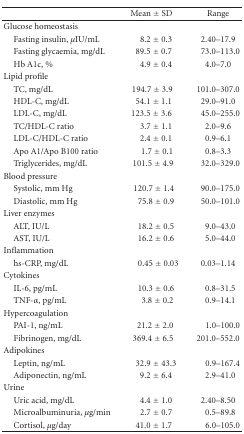
<table><thead><tr><td></td><td><b>Mean ± SD</b></td><td><b>Range</b></td></tr></thead><tbody><tr><td>Glucose homeostasis</td><td></td><td></td></tr><tr><td> Fasting insulin, <i>μ</i>IU/mL</td><td>8.2 ± 0.3</td><td>2.40–17.9</td></tr><tr><td>Fasting glycaemia, mg/dL</td><td>89.5 ± 0.7</td><td>73.0–113.0</td></tr><tr><td> Hb A1c, %</td><td>4.9 ± 0.4</td><td> 4.0–7.0</td></tr><tr><td>Lipid profile</td><td></td><td></td></tr><tr><td> TC, mg/dL</td><td> 194.7 ± 3.9</td><td> 101.0–307.0</td></tr><tr><td> HDL-C, mg/dL</td><td>54.1 ± 1.1</td><td> 29.0–91.0</td></tr><tr><td> LDL-C, mg/dL</td><td>123.5 ± 3.6</td><td>45.0–255.0</td></tr><tr><td> TC/HDL-C ratio</td><td>3.7 ± 1.1</td><td> 2.0–9.6</td></tr><tr><td> LDL-C/HDL-C ratio</td><td>2.4 ± 0.1</td><td> 0.9–6.1</td></tr><tr><td> Apo A1/Apo B100 ratio</td><td>1.7 ± 0.1</td><td> 0.8–3.3</td></tr><tr><td> Triglycerides, mg/dL</td><td>101.5 ± 4.9</td><td>32.0–329.0</td></tr><tr><td>Blood pressure</td><td></td><td></td></tr><tr><td> Systolic, mm Hg</td><td>120.7 ± 1.4</td><td>90.0–175.0</td></tr><tr><td> Diastolic, mm Hg</td><td>75.8 ± 0.9</td><td>50.0–101.0</td></tr><tr><td>Liver enzymes</td><td></td><td></td></tr><tr><td> ALT, IU/L</td><td>18.2 ± 0.5</td><td>9.0–43.0</td></tr><tr><td> AST, IU/L</td><td>16.2 ± 0.6</td><td>5.0–44.0</td></tr><tr><td>Inflammation</td><td></td><td></td></tr><tr><td> hs-CRP, mg/dL</td><td>0.45 ± 0.03</td><td> 0.03–1.14</td></tr><tr><td>Cytokines</td><td></td><td></td></tr><tr><td> IL-6, pg/mL</td><td>10.3 ± 0.6</td><td>0.8–31.5</td></tr><tr><td> TNF-<i>α</i>, pg/mL</td><td> 3.8 ± 0.2</td><td>0.9–14.1</td></tr><tr><td>Hypercoagulation</td><td></td><td></td></tr><tr><td> PAI-1, ng/mL</td><td>21.2 ± 2.0</td><td>1.0–100.0</td></tr><tr><td> Fibrinogen, mg/dL</td><td>369.4 ± 6.5</td><td>201.0–552.0</td></tr><tr><td>Adipokines</td><td></td><td></td></tr><tr><td> Leptin, ng/mL</td><td>32.9 ± 43.3</td><td>0.9–167.4</td></tr><tr><td> Adiponectin, ng/mL</td><td>9.2 ± 6.4</td><td>2.9–41.0</td></tr><tr><td>Urine</td><td></td><td></td></tr><tr><td> Uric acid, mg/dL</td><td>4.4 ± 1.0</td><td> 2.40–8.50</td></tr><tr><td> Microalbuminuria, <i>μ</i>g/min</td><td>2.7 ± 0.7</td><td>0.5–89.8</td></tr><tr><td> Cortisol, <i>μ</i>g/day</td><td>41.0 ± 1.7</td><td>6.0–105.0</td></tr></tbody></table>